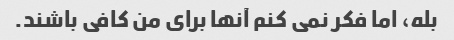
بله، اما فکر نمی کنم آنها برای من کافی باشند.